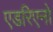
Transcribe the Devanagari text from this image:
एडरिएनो